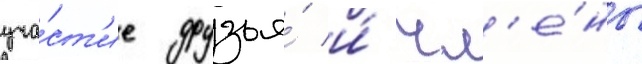
уча́ст'ие друзья́ и́ чл'е́ны